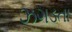
ઝગડતા